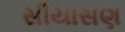
સીયાસણ